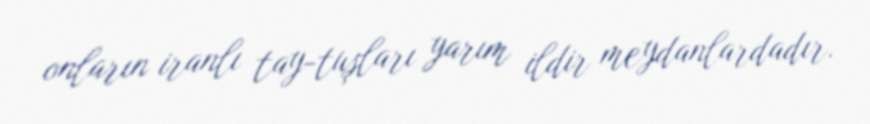
onların iranlı tay-tuşları yarım ildir meydanlardadır.